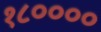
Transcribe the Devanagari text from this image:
१८००००